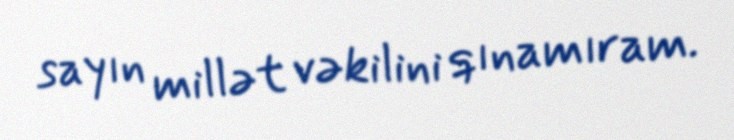
sayın millət vəkilini qınamıram.